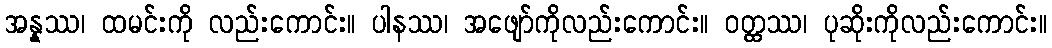
အန္နဿ၊ ထမင်းကို လည်းကောင်း။ ပါနဿ၊ အဖျော်ကိုလည်းကောင်း။ ဝတ္ထဿ၊ ပုဆိုးကိုလည်းကောင်း။